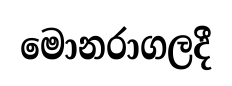
මොනරාගලදී